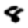
Digit: 8